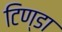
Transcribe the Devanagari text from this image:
टिण्डा